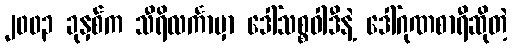
၂၀၀၃ ခုနှစ်က သီရိလင်္ကာမှာ ဒေါ်သစ္စဝါဒီနဲ့ ဒေါ်ဂုဏစာရီဆိုတဲ့